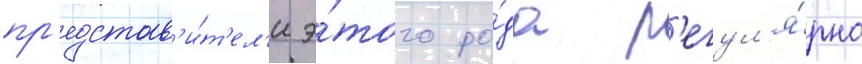
пр'едстав'и́т'ел'и э́того ро́да р'егул'я́рно